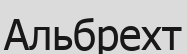
Альбрехт